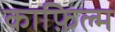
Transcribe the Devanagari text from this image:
काफ़िल्म